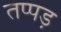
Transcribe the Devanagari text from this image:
तप्पड़